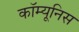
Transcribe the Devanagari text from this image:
कॉम्यूनिस